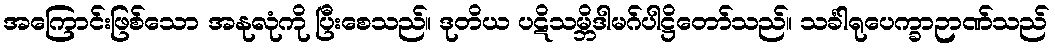
အကြောင်းဖြစ်သော အနုလုံကို ပြီးစေသည်။ ဒုတိယ ပဋိသမ္ဘိဒါမဂ်ပါဋ္ဌိတော်သည်။ သင်္ခါရုပေက္ခာဉာဏ်သည်